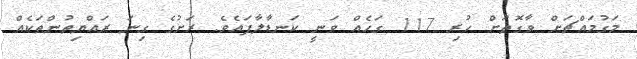
މަގުމައްޗަށް ވާގޮތަށް ހުރި 117 ގަހެއް ވަނީ ކަނޑާލާފައެވެ. ރަށުގެ ގިނަ ރައްޔިތުންތަކެއް